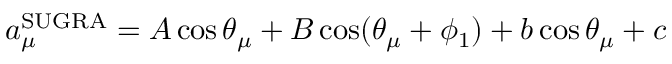
a _ { \mu } ^ { \mathrm { S U G R A } } = A \cos \theta _ { \mu } + B \cos ( \theta _ { \mu } + \phi _ { 1 } ) + b \cos \theta _ { \mu } + c